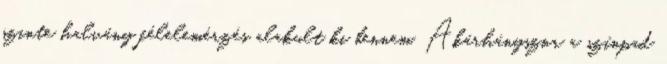
szinte halvány félelemérzés alakult ki bennem. Akárhányszor a színpad